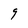
Character: g